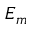
E _ { m }